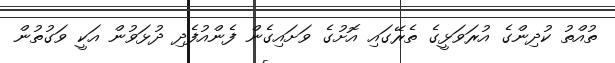
ތުއްތު ކުދިންގެ އުރަވަޅީގެ ތެރޭގައި އޮށުގެ ވަށައިގެން ފެންއުފެދި ދުޅަވުން އަކީ ވަގުތުން